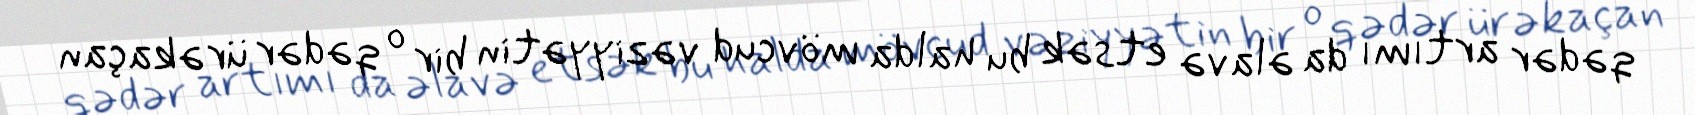
qədər artımı da əlavə etsək bu halda mövcud vəziyyətin bir o qədər ürəkaçan